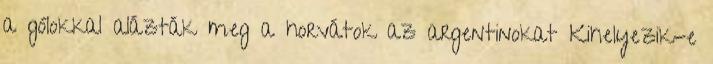
a gólokkal alázták meg a horvátok az argentinokat Kihelyezik-e